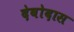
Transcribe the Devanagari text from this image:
देवोदास